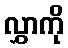
လွှာကို